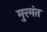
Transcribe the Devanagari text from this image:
मुरमंत